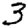
Digit: 3